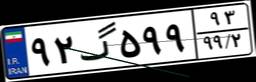
۹۲گ۵۹۹۹۳